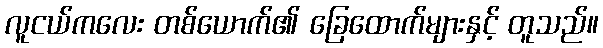
လူငယ်ကလေး တစ်ယောက်၏ ခြေထောက်များနှင့် တူသည်။